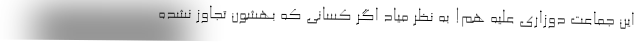
این جماعت دوزاری علیه هم! به نظر میاد اگر کسانی که بهشون تجاوز نشده